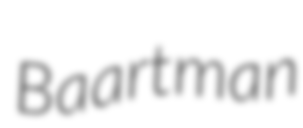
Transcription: Baartman